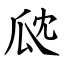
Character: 㼉